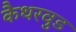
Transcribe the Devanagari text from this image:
कैथरवुड